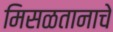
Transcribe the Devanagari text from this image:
मिसळतानाचे